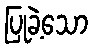
ပြုခဲ့သော